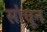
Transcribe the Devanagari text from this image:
सांचून